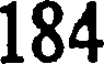
184